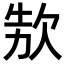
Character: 𣢳